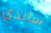
ساندي